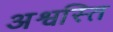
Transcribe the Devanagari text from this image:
अश्वस्ति